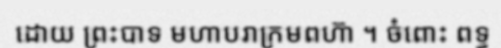
ដោយ ព្រះបាទ មហាបរាក្រមពហ៊ា ។ ចំពោះ ពទ្ធ